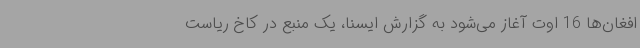
افغان‌ها 16 اوت آغاز می‌شود به گزارش ایسنا، یک منبع در کاخ ریاست‌